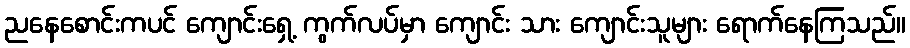
ညနေစောင်းကပင် ကျောင်းရှေ့ ကွက်လပ်မှာ ကျောင်း သား ကျောင်းသူများ ရောက်နေကြသည်။